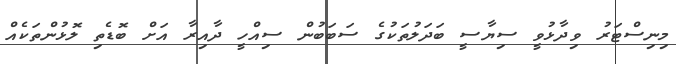
މިނިސްޓަރު ވިދާޅުވީ ސިޔާސީ ބަދަލުތަކުގެ ސަބަބުން ސިއްހީ ދާއިރާ އަށް ބޮޑެތި ލޮޅުންތަކެއް